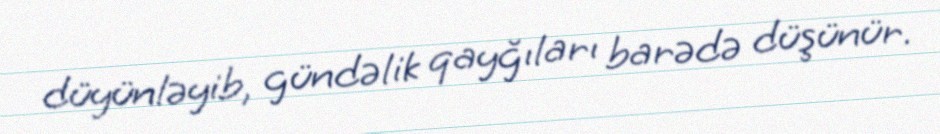
düyünləyib, gündəlik qayğıları barədə düşünür.